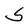
Character: S